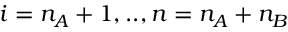
i = n _ { A } + 1 , . . , n = n _ { A } + n _ { B }